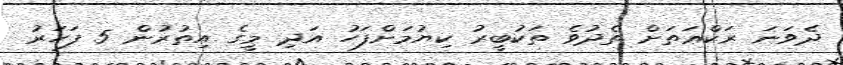
ދެވަނަ ރަކްޢަތަށް ތެދުވެ ތަކުބީރު ކިޔުމަށްފަހު އަދި މީގެ އިތުރުން 5 ފަހަރު